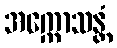
အက္ကောသန္တံ